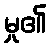
မှု၏